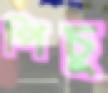
পিচু